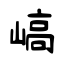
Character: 嵪